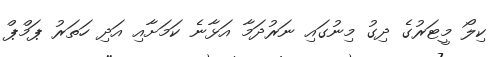
ކިލޯ މީޓަރުގެ ދިގު މިނުގައި ނަރުދަމާ އަޅާނެ ކަމަށާއި އަދި ހަތަރު ޕަމްޕް